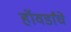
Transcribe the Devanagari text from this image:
हॉवर्डांचे